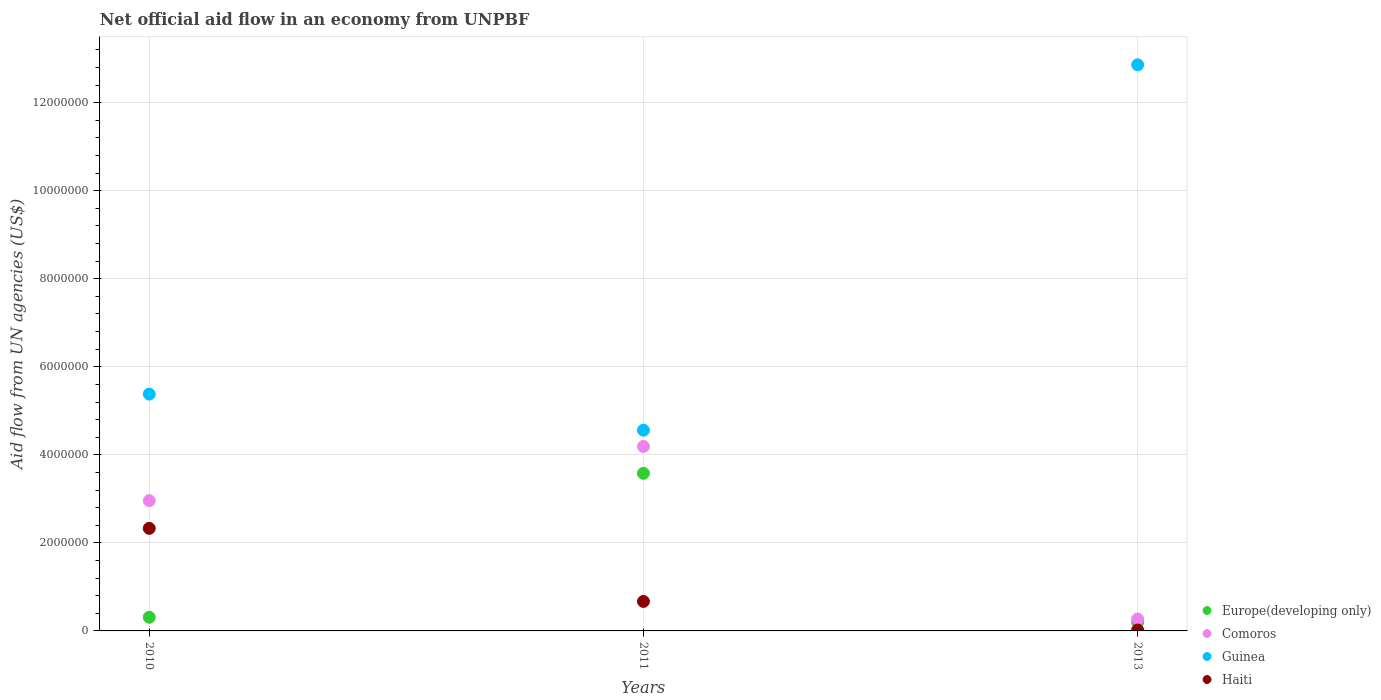
| Years | Europe(developing only) | Comoros | Guinea | Haiti |
 | --- | --- | --- | --- | --- |
 | 2010 | 3.1e+05 | 2.96e+06 | 5.38e+06 | 2.33e+06 |
 | 2011 | 3.58e+06 | 4.19e+06 | 4.56e+06 | 6.7e+05 |
 | 2013 | 2e+05 | 2.7e+05 | 1.29e+07 | 2e+04 |